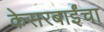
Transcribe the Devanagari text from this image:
केसरबाईंचा